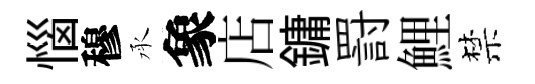
惱穆承象店鏞罸鯉禁